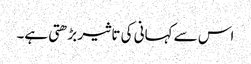
اس سے کہانی کی تاثیر بڑھتی ہے۔